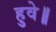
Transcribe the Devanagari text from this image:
हुवे॥